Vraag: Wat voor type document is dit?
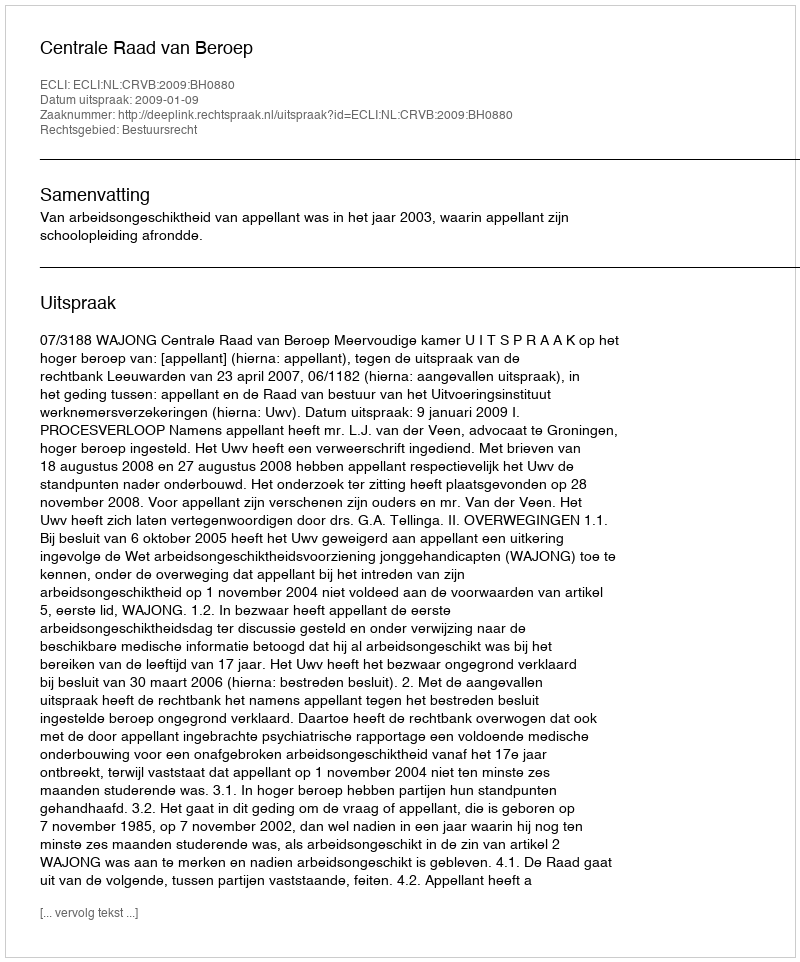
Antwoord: Uitspraak